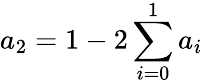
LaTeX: a_{2}=1-2\sum_{i=0}^{1}a_{i}